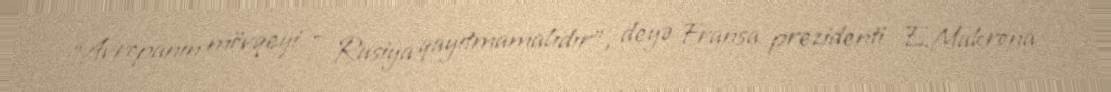
“Avropanın mövqeyi – Rusiya qayıtmamalıdır”, deyə Fransa prezidenti E.Makrona